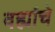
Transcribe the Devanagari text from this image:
वह्यांचे